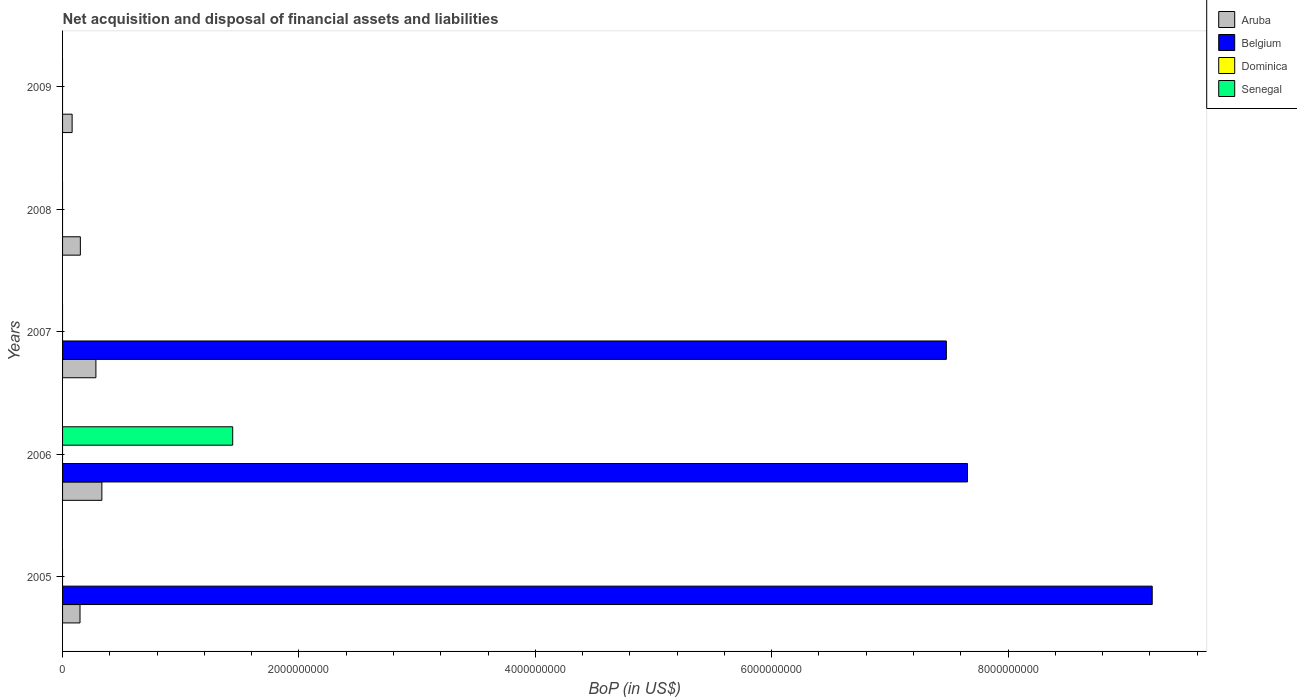
| Years | Aruba | Belgium | Dominica | Senegal |
 | --- | --- | --- | --- | --- |
 | 2005 | 1.48e+08 | 9.22e+09 | -4.29e+07 | -4.7e+08 |
 | 2006 | 3.33e+08 | 7.66e+09 | -1.22e+07 | 1.44e+09 |
 | 2007 | 2.82e+08 | 7.48e+09 | -2.87e+07 | -9.68e+08 |
 | 2008 | 1.51e+08 | -9.65e+09 | -5.2e+07 | -1.63e+09 |
 | 2009 | 8.09e+07 | -1.76e+10 | -4.2e+07 | -5.43e+08 |